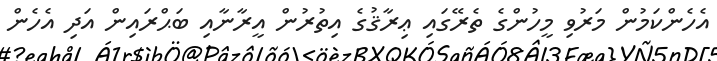
އެހެންކަމުން މަރުވި މީހުންގެ ތެރޭގައި ޢިރާޤުގެ އިތުރުން އީރާނާއި ބަޙްރައިން އަދި އެހެން